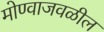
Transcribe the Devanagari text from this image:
मोण्वाजवळील